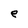
Character: e